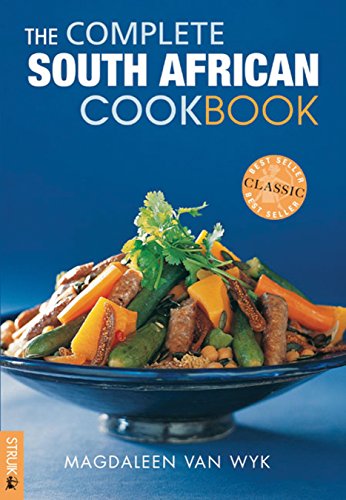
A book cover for The Complete South African Cookbook; Magdaleen van Wyk; Cookbooks, Food & Wine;